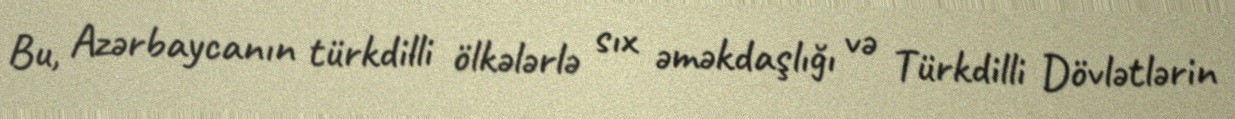
Bu, Azərbaycanın türkdilli ölkələrlə sıx əməkdaşlığı və Türkdilli Dövlətlərin